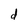
Character: d